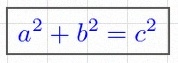
a^2+b^2=c^2